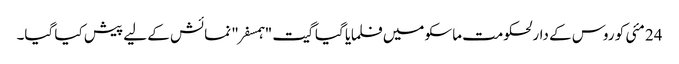
24 مئی کو روس کے دارلحکومت ماسکو میں فلمایا گیا گیت "ہمسفر" نمائش کے لیے پیش کیا گیا۔